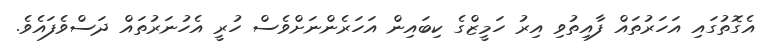
އެގޮތުގައި އަހަރުތައް ފާއިތުވި އިރު ހަމީޒްގެ ކިބައިން އަހަރެންނަށްވެސް ހުރީ އެހުނަރުތައް ދަސްވެފައެވެ.